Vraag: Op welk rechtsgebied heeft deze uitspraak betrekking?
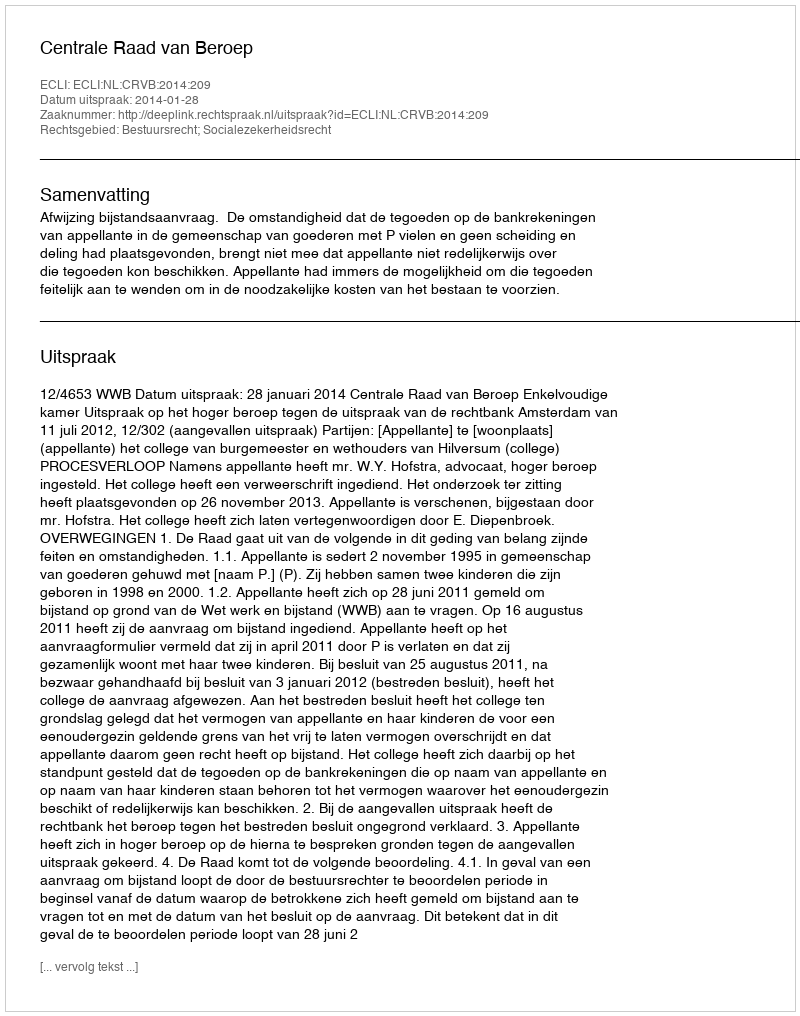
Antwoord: Bestuursrecht; Socialezekerheidsrecht